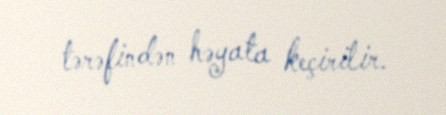
tərəfindən həyata keçirilir.